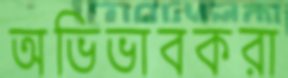
অভিভাবকরা